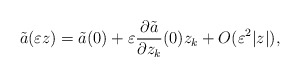
\begin{align*}\tilde{a}(\varepsilon z)=\tilde{a}(0)+\varepsilon\frac{\partial\tilde{a}}{\partial z_{k}}(0)z_{k}+O(\varepsilon^{2}|z|),\end{align*}